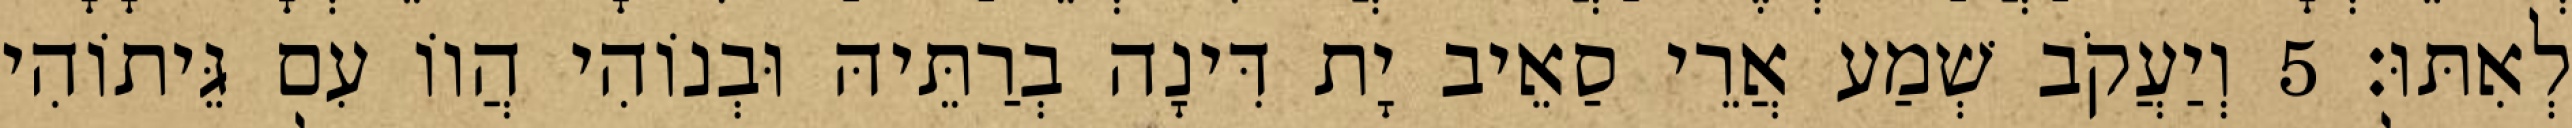
לְאִתּוּ׃ 5 וְיַעֲקֹב שְׁמַע אֲרֵי סַאֵיב יָת דִּינָה בְרַתֵּיהּ וּבְנוֹהִי הֲווֹ עִם גֵּיתוֹהִי